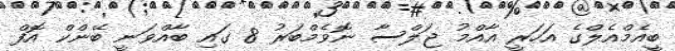
ބީއެމްއެލްގެ އަހަރީ އާއްމު ޖަލްސާ ނޮވެމްބަރު 8 ގައި ބާއްވަނީ ބޭންކް އޮފް